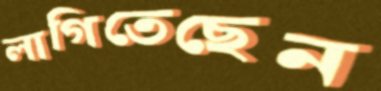
লাগিতেছেন